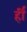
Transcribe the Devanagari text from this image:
र्ही